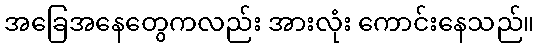
အခြေအနေတွေကလည်း အားလုံး ကောင်းနေသည်။